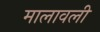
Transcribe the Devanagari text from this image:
मालावली